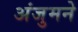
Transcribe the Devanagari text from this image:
अंजुमने